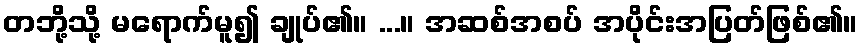
တဘို့သို့ မရောက်မူ၍ ချုပ်၏။ ...။ အဆစ်အစပ် အပိုင်းအပြတ်ဖြစ်၏။